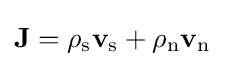
\mathbf {J} =\rho _{\rm {s}}\mathbf {v} _{\rm {s}}+\rho _{\rm {n}}\mathbf {v} _{\rm {n}}